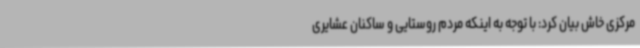
مرکزی خاش بیان کرد: با توجه به اینکه مردم روستایی و ساکنان عشایری